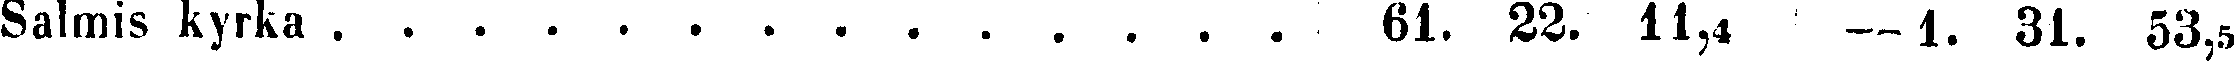
Salmis kyrka . . . . . . . . . . . . . . 61. 22. 11,4 —i. 31. 53,5